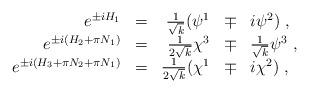
LaTeX: \begin{align*}\begin{array}{rcrcl}e^{\pm iH_1} & = & \frac1{\sqrt{k}} (\psi^1 & \mp & i \psi^2)~, \\e^{\pm i(H_2 + \pi N_1)} & = & {1\over 2\sqrt{k}} \chi^3 & \mp &{1 \over \sqrt{k}}\psi^3~, \\e^{\pm i(H_3 + \pi N_2 + \pi N_1)} & = & \frac1{2\sqrt{k}}(\chi^1 & \mp & i \chi^2)~,\end{array}\end{align*}